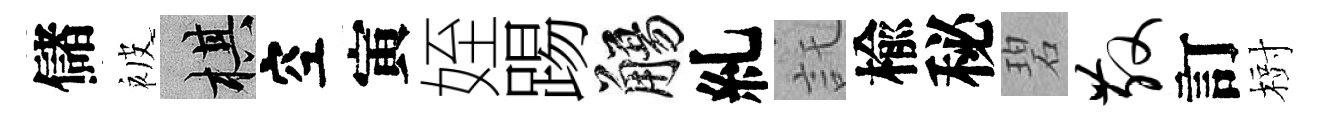
儲被棋空寅姪踢觴糺託楡秘碧散訂𣗳